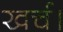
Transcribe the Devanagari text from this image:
खर्च।